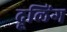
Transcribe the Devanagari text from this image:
द्रूलिंग